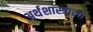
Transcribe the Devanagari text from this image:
अर्थशास्त्राला